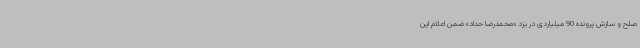
صلح و سازش پرونده 90 میلیاردی در یزد «محمدرضا حداد» ضمن اعلام این